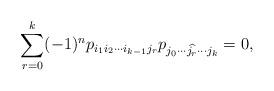
LaTeX: \begin{align*}\sum_{r=0}^k(-1)^np_{i_1i_2\cdots i_{k-1}j_r}p_{j_0\cdots \widehat{j_r}\cdots j_k}=0,\end{align*}